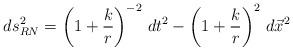
LaTeX: \begin{align*}ds_{RN}^2 = \left(1+\frac{k}{r}\right)^{-2} \, dt^2 -\left(1+\frac{k}{r}\right)^2 \, d{\vec x}^2\end{align*}